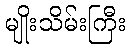
မျိုးသိမ်းကြီး